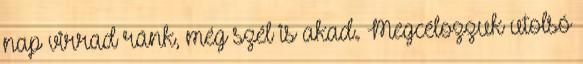
nap virrad ránk, még szél is akad. Megcélozzuk utolsó